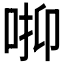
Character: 𠳑